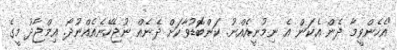
"އެހެންވީމާ ދެން އެކަން އެ ނިމުނީއެއްނު. ކަންބޮޑުވާކަށް ދެނެއް ނުޖެހޭނެއެއްނުދޯ. އިމްޖާދު މީގެ